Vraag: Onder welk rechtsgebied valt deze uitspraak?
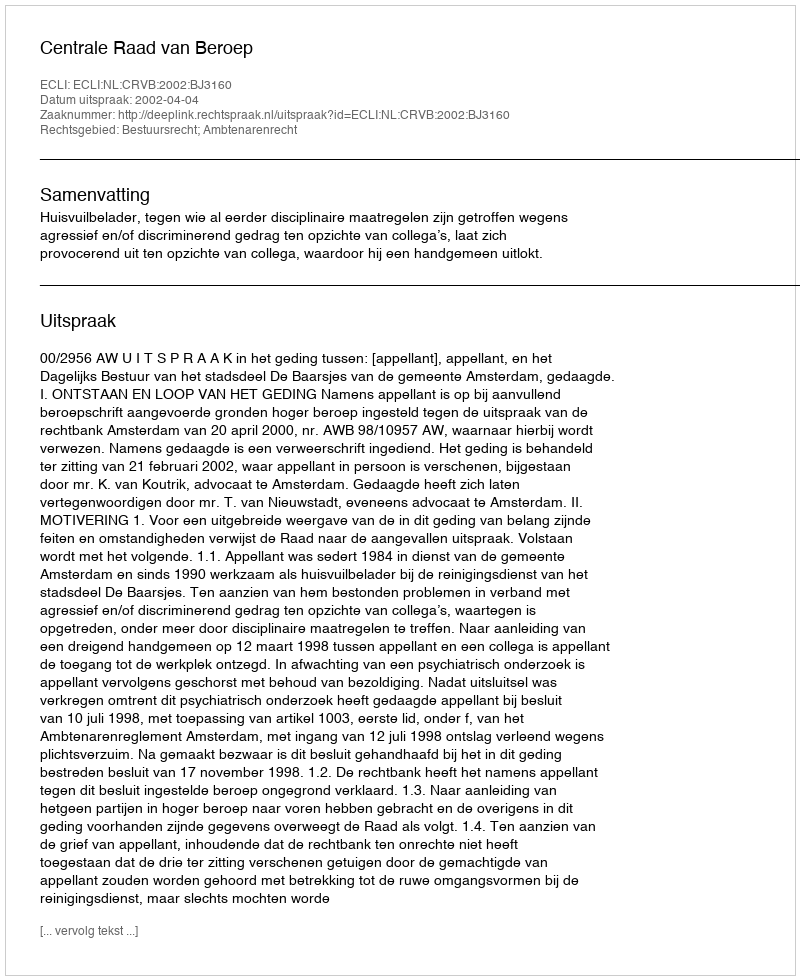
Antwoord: Bestuursrecht; Ambtenarenrecht